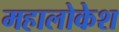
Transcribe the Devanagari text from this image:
महालोकेश